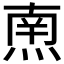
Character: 𱫠